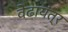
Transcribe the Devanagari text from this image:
वेढायंत्र